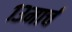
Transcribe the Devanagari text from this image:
१३मार्च